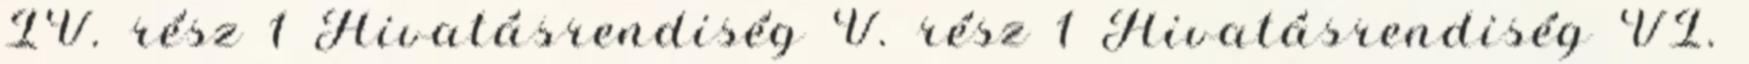
IV. rész 1 Hivatásrendiség V. rész 1 Hivatásrendiség VI.